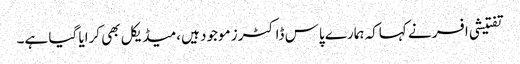
تفتیشی افسر نے کہاکہ ہمارے پاس ڈاکٹرز موجود ہیں،میڈیکل بھی کرایا گیا ہے۔